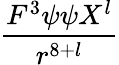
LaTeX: \frac{F^{3}\psi\psi X^{l}}{r^{8+l}}